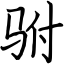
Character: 驸